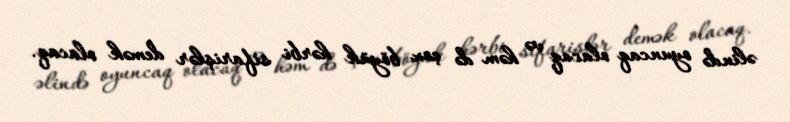
əlində oyuncaq olacaq və həm də çox böyük hərbi sifarişlər demək olacaq.